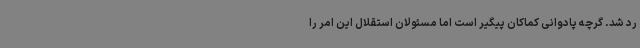
رد شد. گرچه پادوانی کماکان پیگیر است اما مسئولان استقلال این امر را